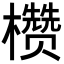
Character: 𪴙